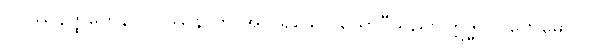
ဝိပဿနတ္ထိကေန၊ ဝိပဿနာကို အလိုရှိသော ယောဂီသည်။ ဣဒ္ဓိပလိဗောဓောပိ၊